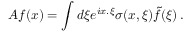
A f ( x ) = \int d \xi e ^ { i x . \xi } \sigma ( x , \xi ) \tilde { f } ( \xi ) \, .